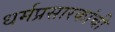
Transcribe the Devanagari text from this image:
धर्मप्रसारकांची